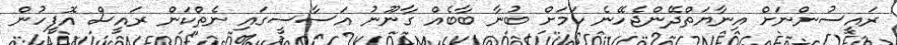
ރައީސުންނަށް އިނާޔަތްދޭންޖެހޭނެ ކަމަށް ބުނާ ބާބެއް ގާނޫނު އަސާސީގައި ނެތްކަން ރައީސް އޮފީހުން